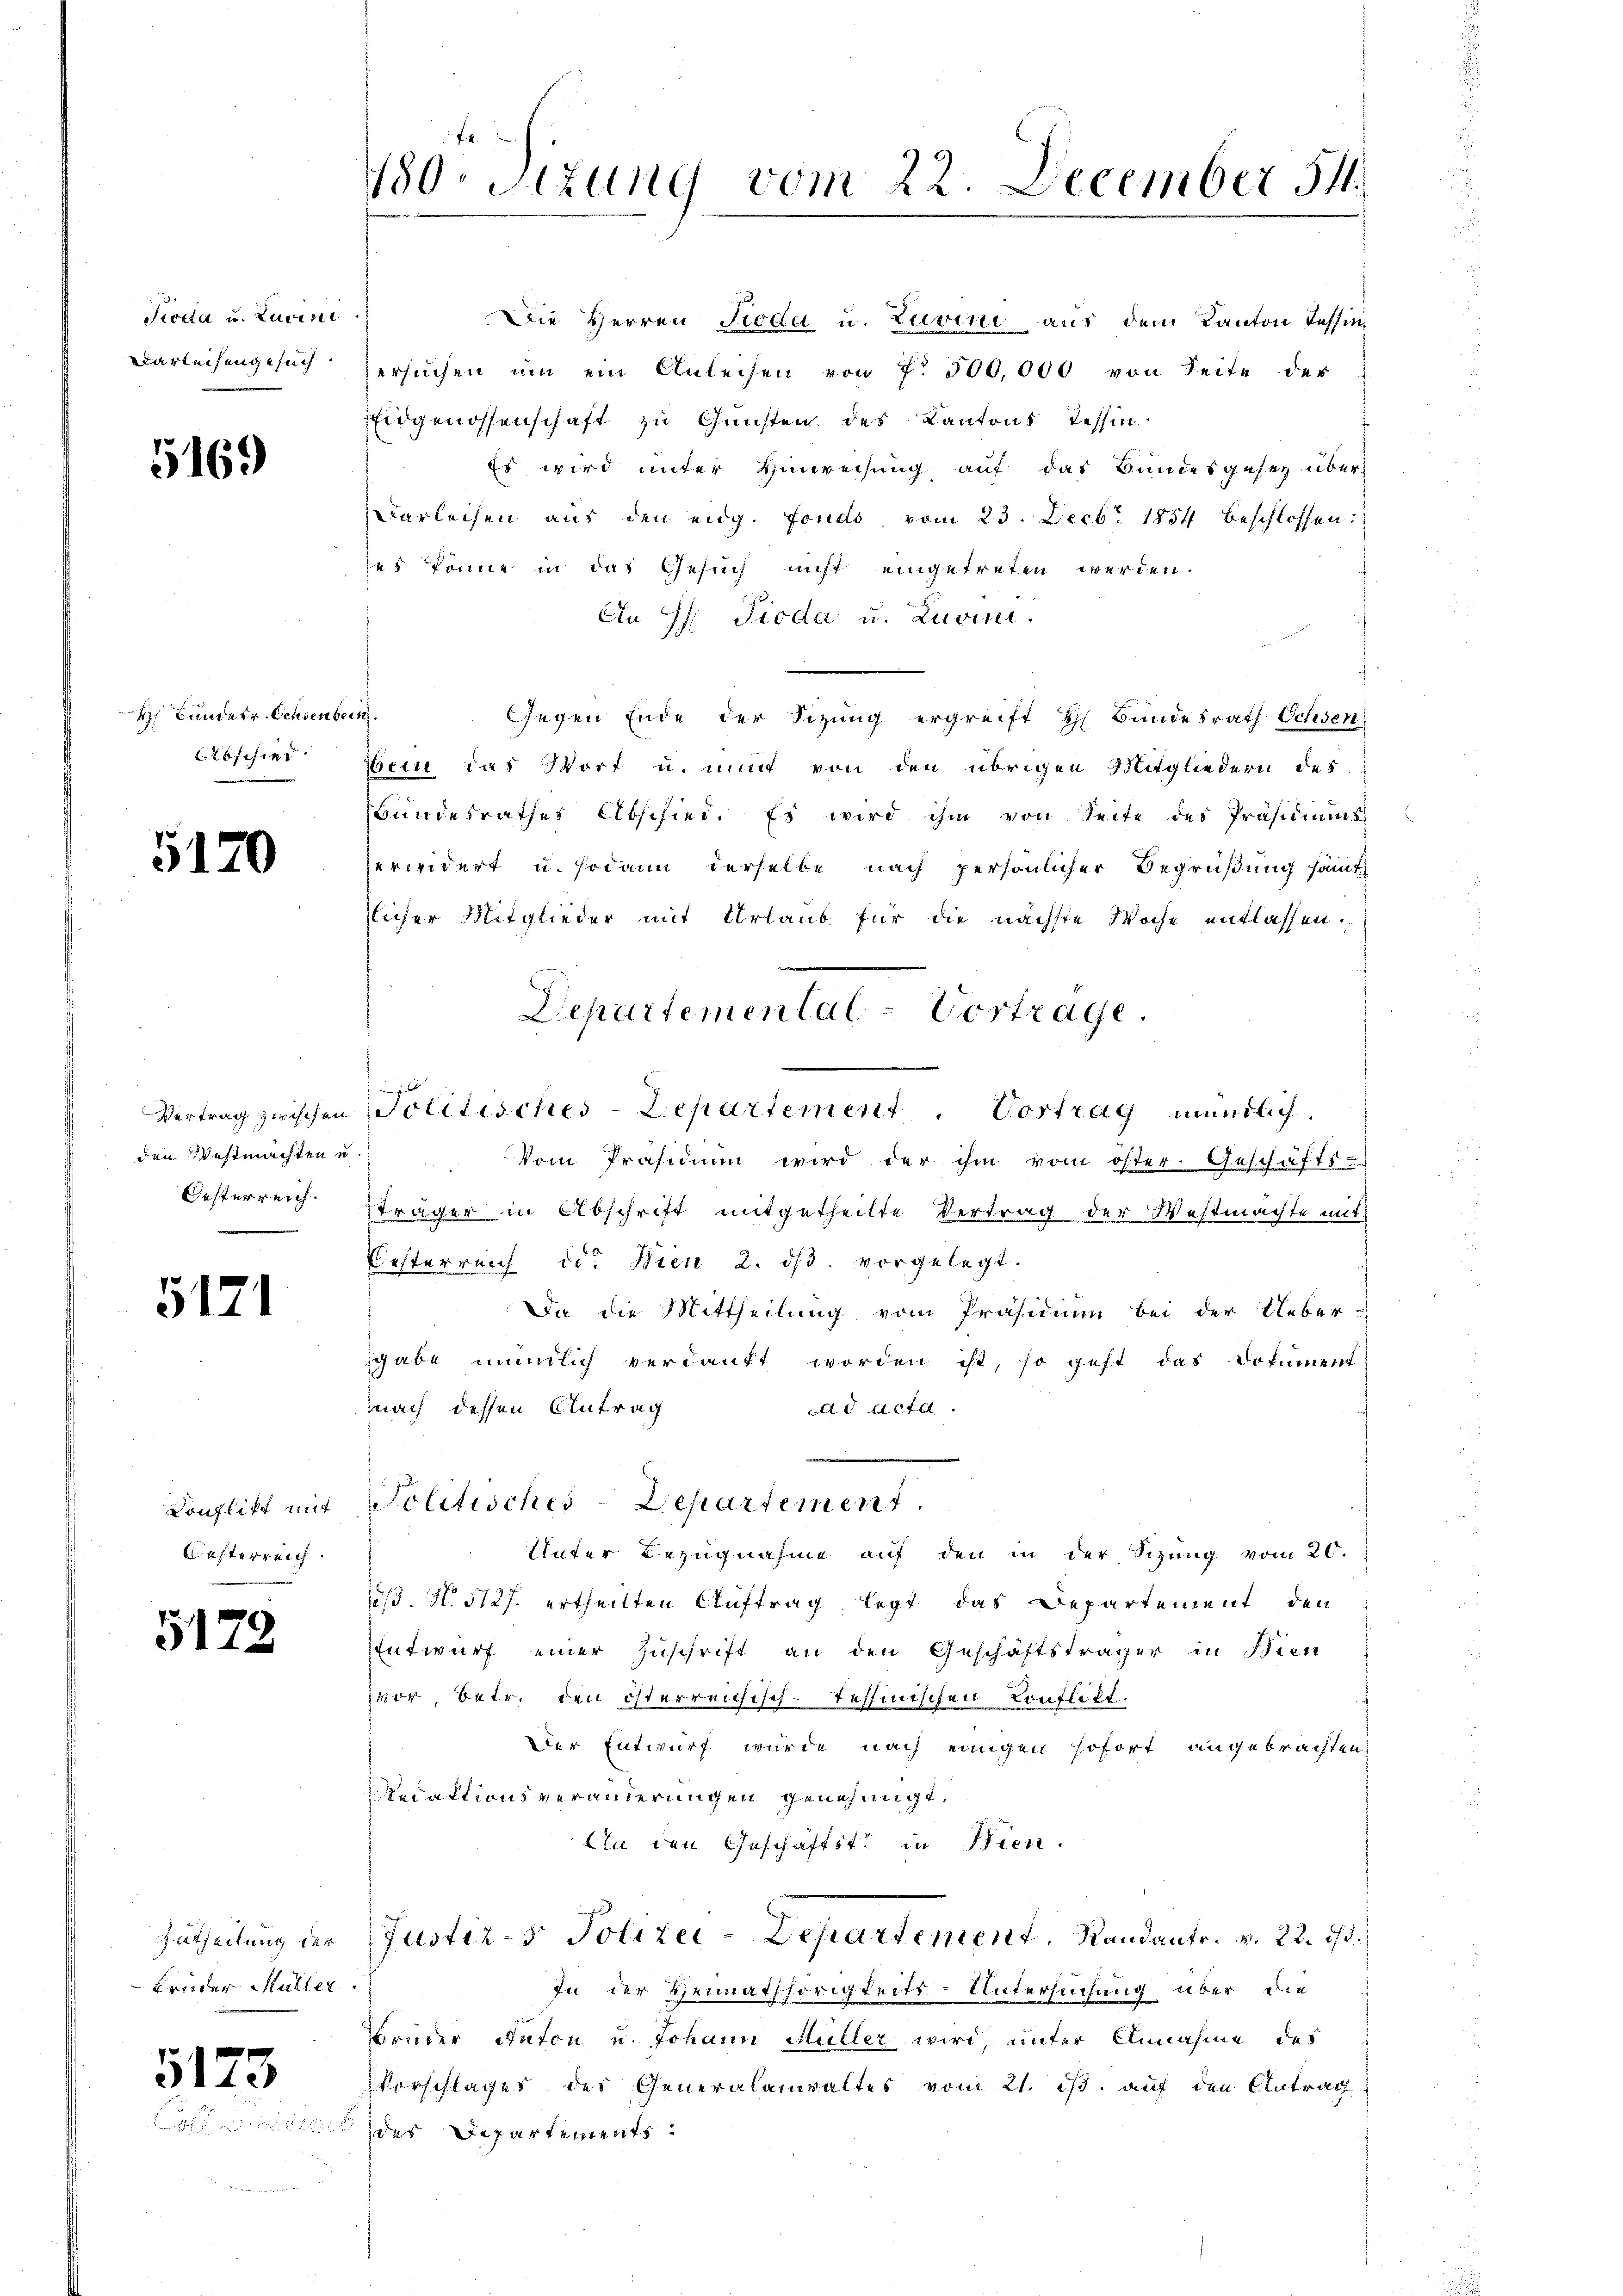
Fieda u. Zuricil
Darleihengesuch

5169

H Bundesr. Ochsenbe
Erbschier

5120

den Westmachten u

5171

Konflikt mit
Casterreich.

5179

Brüder Müller

5173

180. Sizung vom 22. December 54.

Die Herren Pioda u. Zuvini aus dem Kanton Tessin
ersuchen um ein Anleisen von 7. 500,000 von Seite der
Eidgenossenschaft zu Gunsten des Kantons Tessin
Es wird unter Hinweisung auf das Bundesgesez über-
Darleihen aus den eidg. Fonds, vom 23. Decbr. 1854 beschlossen:
es könne in das Gesuch nicht eingetreten werden.
An Pf. Pioda u. Zuvini.
.
Gegen Ende der Sitzung ergreift Bundesrath Ochsen
bern das Wort u. mit von den übrigen Mitgliedern des
Bundesrathes Abschied. Es wird ihm von Seite des Präsidiŭms
zerwidert u. sodann derselbe nach persönlicher Begrüßung sämmt
zlicher Mitglieder mit Urlaub für die nächste Woche entlassen.
Vertrag zwischen Politisches-Departement. Vortrag mündlich.
Vom Präsidium wird der ihm vom öster. Geschäfts-
Oesterreich träger in Abschrift mitgetheilte Vertrag der Westmachte mit
Festerreich od. Bien 2. dβ. vorgelegt.
Da die Mittheilung vom Präsidium bei der Ueber-
sgabe nämlich verdankt worden ist, so geht das Dokument
nach dessen Antrag
ad acta.
Politisches-Departement
Unter Bezugnahme auf den in der Sizung vom 20.
uß. N. 5127. ertheilten Auftrag, legt das Departement den
Entwurf einer Zuschrift an den Geschäftsträger in Bien
zer, betr. den österreichisch-Tessinischen Conflikt.
Der Entwurf wurde nach einigen sofort angebrachten,
Redaktionsveränderungen genehmigt.
An den Geschäftste in Bien.
Zutheilung der Justiz- & Polizei-Departement, Randants. v. 22. ist.
In der Heimathörigkeits-Untersuchung über die
Brüder Anton u. Johann Müller wird, unter Annahme des
Vorschlages des Generalanwaltes vom 21. ds. auf den Antrag
 des Departements

Departemental-Vertrage.